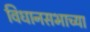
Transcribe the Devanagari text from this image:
विधानसभाच्या